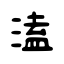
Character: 溘